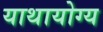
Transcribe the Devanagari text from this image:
याथायोग्य